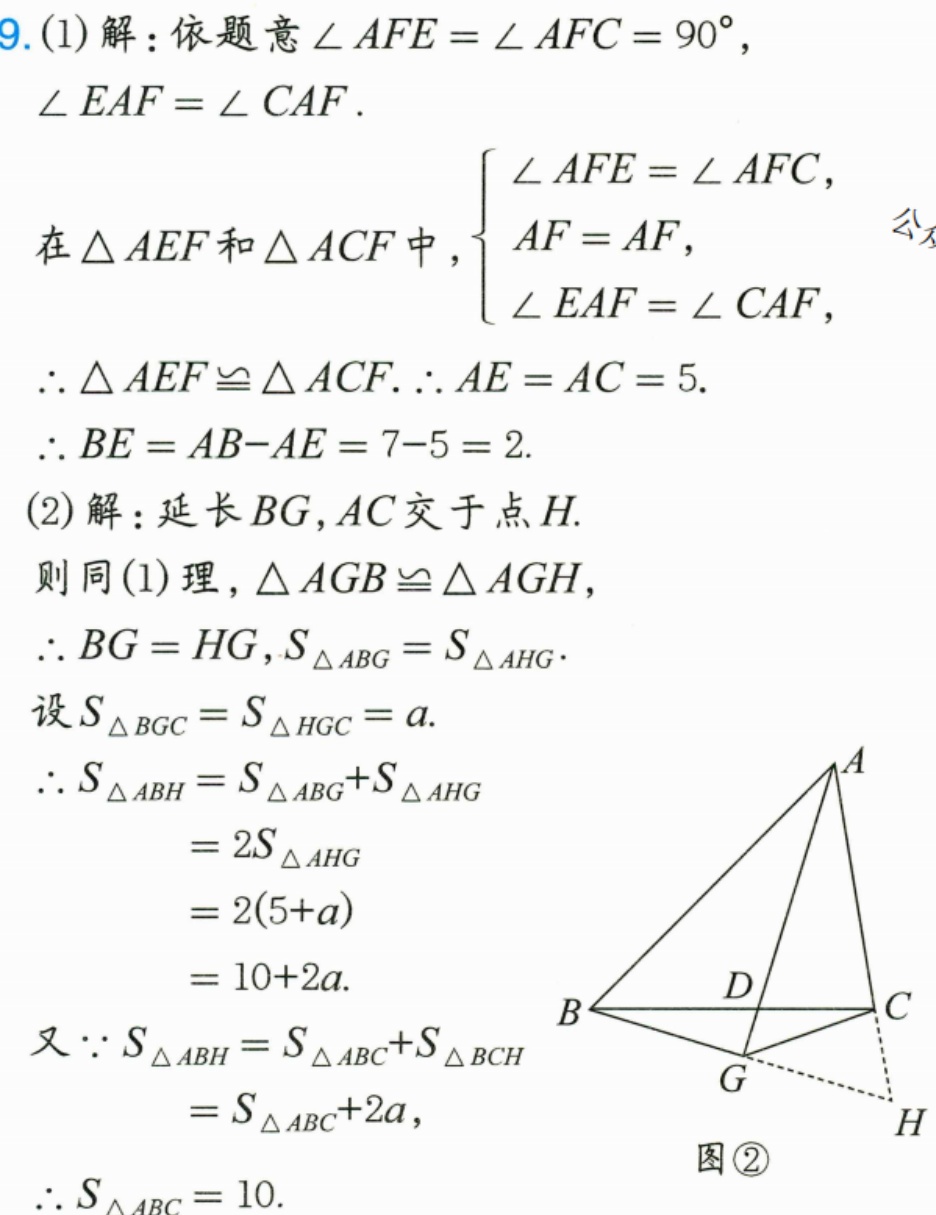
9. (1)解：依题意$\angle AFE=\angle AFC = 90^{\circ}$，
$\angle EAF=\angle CAF$.
在$\triangle AEF$和$\triangle ACF$中，$\begin{cases}\angle AFE=\angle AFC,\\AF = AF,\\\angle EAF=\angle CAF,\end{cases}$
$\therefore\triangle AEF\cong\triangle ACF$.$\therefore AE = AC = 5$.
$\therefore BE=AB - AE=7 - 5 = 2$.
(2)解：延长$BG,AC$交于点$H$.
则同(1)理，$\triangle AGB\cong\triangle AGH$，
$\therefore BG = HG,S_{\triangle ABG}=S_{\triangle AHG}$.
设$S_{\triangle BGC}=S_{\triangle HGC}=a$.
$\therefore S_{\triangle ABH}=S_{\triangle ABG}+S_{\triangle AHG}$
$=2S_{\triangle AHG}$
$=2(5 + a)$
$=10 + 2a$.
又$\because S_{\triangle ABH}=S_{\triangle ABC}+S_{\triangle BCH}$
$=S_{\triangle ABC}+2a$，
$\therefore S_{\triangle ABC}=10$.
 图\textcircled{2}![三角形示意图]